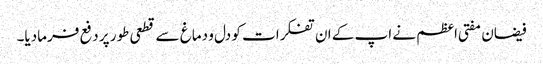
فیضان مفتی اعظم نے اپ کے ان تفکرات کو دل و دماغ سے قطعی طور پر دفع فرمادیا۔